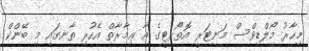
މިހާރު މޯލްޑިވްސް މަނިޓަރީ އޮތޯރިޓީގެ އާ ޢިމާރާތް އެހުރި ތާނގައި މި ބޭންކް